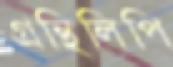
গ্রন্থিলিপি